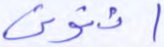
ائتوني